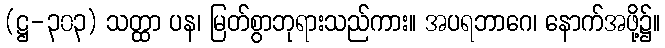
(ဋ္ဌ-၃၀၃) သတ္ထာ ပန၊ မြတ်စွာဘုရားသည်ကား။ အပရဘာဂေ၊ နောက်အဖို့၌။